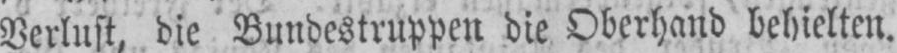
Verlust, die Bundestruppen die Oberhand behielten.